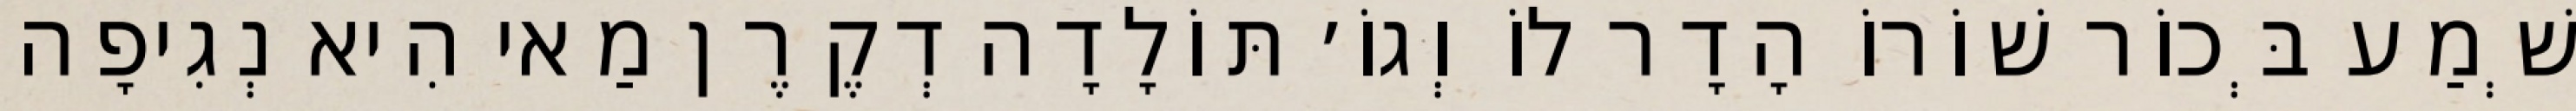
שְׁמַע בְּכוֹר שׁוֹרוֹ הָדָר לוֹ וְגוֹ׳ תּוֹלָדָה דְקֶרֶן מַאי הִיא נְגִיפָה